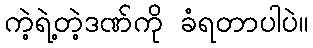
ကဲ့ရဲ့တဲ့ဒဏ်ကို ခံရတာပါပဲ။